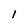
Character: 1